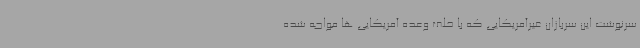
سرنوشت این سربازان غیرآمریکایی که با خلف وعده آمریکایی ها مواجه شده